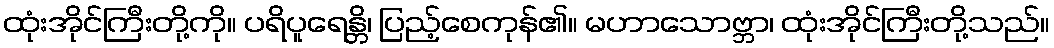
ထုံးအိုင်ကြီးတို့ကို။ ပရိပူရေန္တိ၊ ပြည့်စေကုန်၏။ မဟာသောဗ္ဘာ၊ ထုံးအိုင်ကြီးတို့သည်။